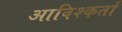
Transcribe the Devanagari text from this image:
आविश्कर्ता